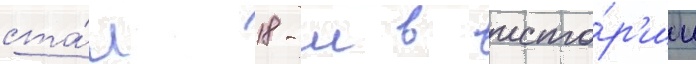
ста́л 18-м в исто́р'ии